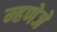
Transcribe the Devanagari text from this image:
म्हणेजे